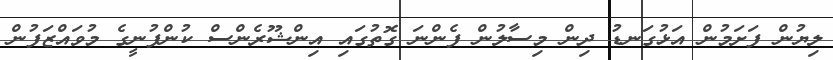
ލިޔުން ފަށަމުން އަޅުގަނޑު ދިން މިސާލުން ފެންނަ ގޮތުގައި އިންޝޫރެންސް ކުންފުނީގެ މުވައްޒަފުން